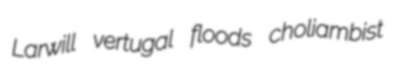
Larwill vertugal floods choliambist